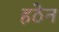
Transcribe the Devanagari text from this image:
हठेन